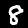
Label: 8